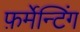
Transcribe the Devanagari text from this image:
फ़र्मेन्टिंग